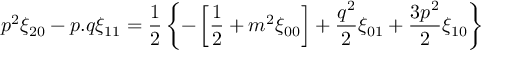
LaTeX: p ^ { 2 } \xi _ { 2 0 } - p . q \xi _ { 1 1 } = { \frac { 1 } { 2 } } \left\{ - \left[ { \frac { 1 } { 2 } } + m ^ { 2 } \xi _ { 0 0 } \right] + { \frac { q ^ { 2 } } { 2 } } \xi _ { 0 1 } + { \frac { 3 p ^ { 2 } } { 2 } } \xi _ { 1 0 } \right\}